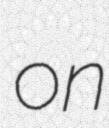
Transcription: on